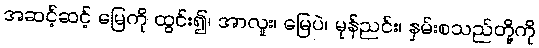
အဆင့်ဆင့် မြေကို ထွင်း၍၊ အာလူး၊ မြေပဲ၊ မုန်ညင်း၊ နှမ်းစသည်တို့ကို